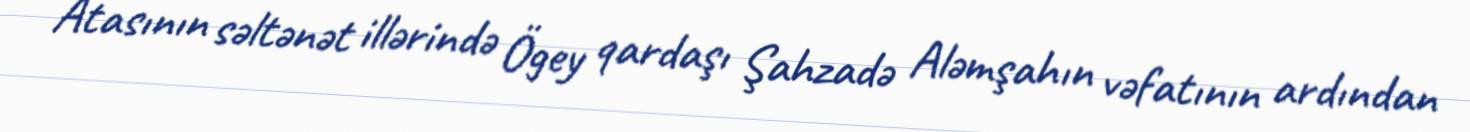
Atasının səltənət illərində Ögey qardaşı Şahzadə Aləmşahın vəfatının ardından